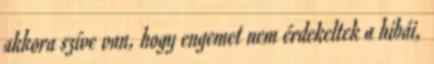
akkora szíve van, hogy engemet nem érdekeltek a hibái,